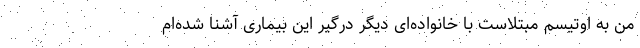
من به اوتیسم مبتلاست با خانواده‌ای دیگر درگیر این بیماری آشنا شده‌ام